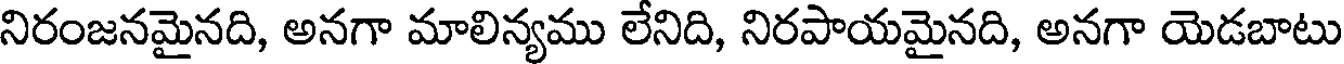
నిరంజనమైనది, అనగా మాలిన్యము లేనిది, నిరపాయమైనది, అనగా యెడబాటు